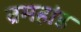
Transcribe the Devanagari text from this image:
व्रमहांड